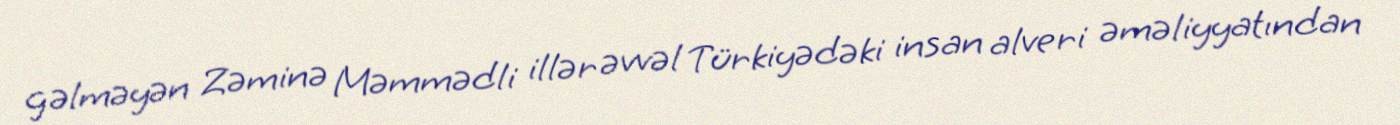
gəlməyən Zəminə Məmmədli illər əvvəl Türkiyədəki insan alveri əməliyyatından